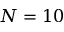
N = 1 0